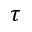
\tau